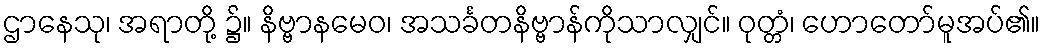
ဌာနေသု၊ အရာတို့ ၌။ နိဗ္ဗာနမေဝ၊ အသင်္ခတနိဗ္ဗာန်ကိုသာလျှင်။ ဝုတ္တံ၊ ဟောတော်မူအပ်၏။